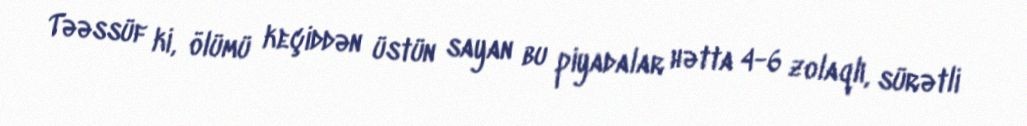
Təəssüf ki, ölümü keçiddən üstün sayan bu piyadalar hətta 4-6 zolaqlı, sürətli